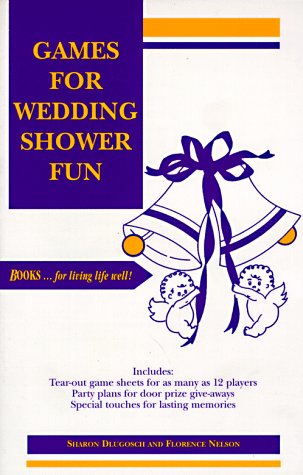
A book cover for Games for Wedding Shower Fun; Sharon Dlugosch; Crafts, Hobbies & Home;